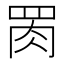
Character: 𱼄